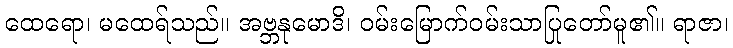
ထေရော၊ မထေရ်သည်။ အဗ္ဘနုမောဒိ၊ ဝမ်းမြောက်ဝမ်းသာပြုတော်မူ၏။ ရာဇာ၊